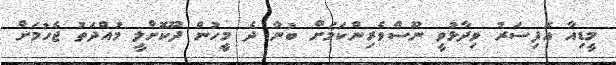
މީޑިއާ އޮފިސަރު ވިދާޅުވީ ނޫސްވެރިންކަމަށް ބުނާ ދެ މީހުން ދޫކޮށްލީ މުއްދަތު ޖެހުމަށް